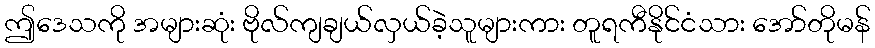
ဤဒေသကို အများဆုံး ဗိုလ်ကျချယ်လှယ်ခဲ့သူများကား တူရကီနိုင်ငံသား အော်တိုမန်